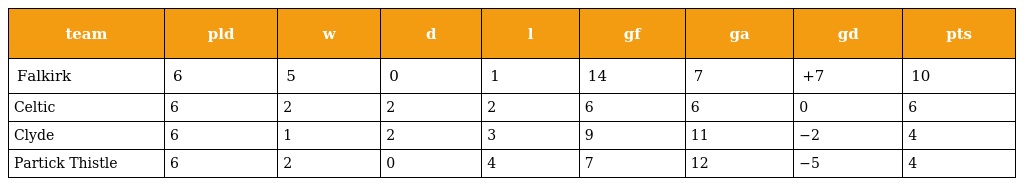
| team | pld | w | d | l | gf | ga | gd | pts |
 | --- | --- | --- | --- | --- | --- | --- | --- | --- |
 | Falkirk | 6 | 5 | 0 | 1 | 14 | 7 | +7 | 10 |
 | Celtic | 6 | 2 | 2 | 2 | 6 | 6 | 0 | 6 |
 | Clyde | 6 | 1 | 2 | 3 | 9 | 11 | −2 | 4 |
 | Partick Thistle | 6 | 2 | 0 | 4 | 7 | 12 | −5 | 4 |